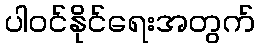
ပါဝင်နိုင်ရေးအတွက်